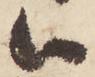
被